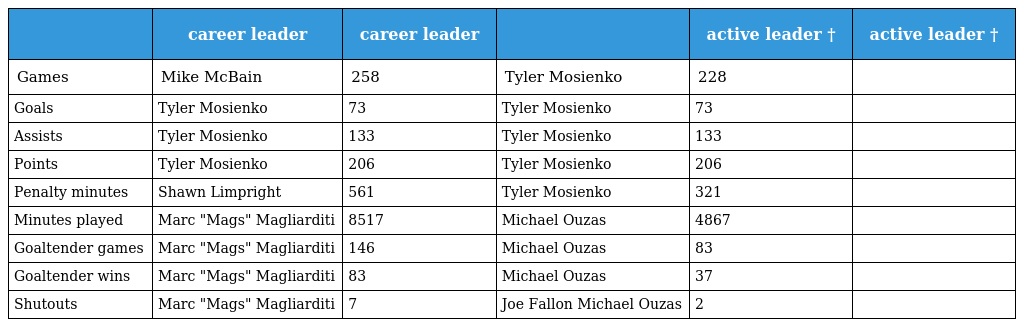
|  | career leader | career leader |  | active leader † | active leader † |
 | --- | --- | --- | --- | --- | --- |
 | Games | Mike McBain | 258 | Tyler Mosienko | 228 |  |
 | Goals | Tyler Mosienko | 73 | Tyler Mosienko | 73 |  |
 | Assists | Tyler Mosienko | 133 | Tyler Mosienko | 133 |  |
 | Points | Tyler Mosienko | 206 | Tyler Mosienko | 206 |  |
 | Penalty minutes | Shawn Limpright | 561 | Tyler Mosienko | 321 |  |
 | Minutes played | Marc "Mags" Magliarditi | 8517 | Michael Ouzas | 4867 |  |
 | Goaltender games | Marc "Mags" Magliarditi | 146 | Michael Ouzas | 83 |  |
 | Goaltender wins | Marc "Mags" Magliarditi | 83 | Michael Ouzas | 37 |  |
 | Shutouts | Marc "Mags" Magliarditi | 7 | Joe Fallon Michael Ouzas | 2 |  |